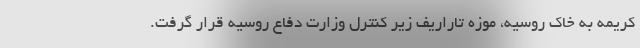
کریمه به خاک روسیه، موزه تاراریف زیر کنترل وزارت دفاع روسیه قرار گرفت.